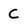
Character: C